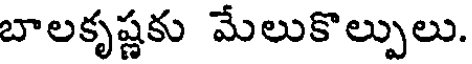
బాలకృష్ణకు మేలుకొల్పులు.